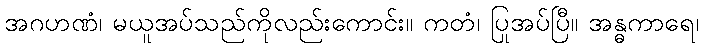
အဂဟဏံ၊ မယူအပ်သည်ကိုလည်းကောင်း။ ကတံ၊ ပြုအပ်ပြီ။ အန္ဓကာရေ၊